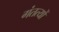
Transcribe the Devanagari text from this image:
गंतत्‍यों